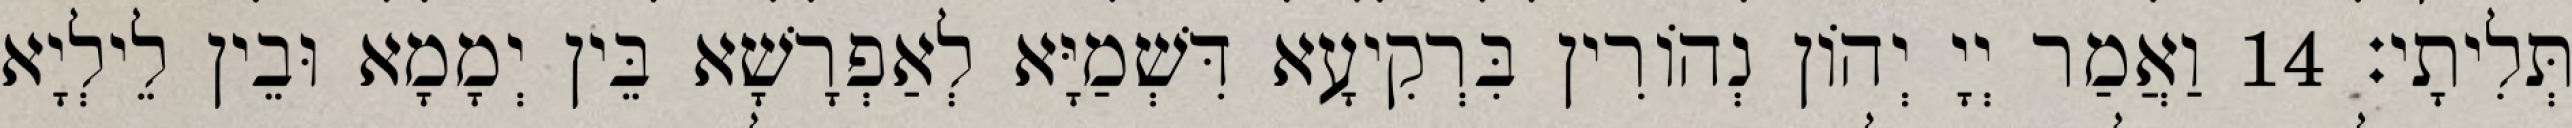
תְּלִיתָי׃ 14 וַאֲמַר יְיָ יְהוֹן נְהוֹרִין בִּרְקִיעָא דִּשְׁמַיָּא לְאַפְרָשָׁא בֵּין יְמָמָא וּבֵין לֵילְיָא